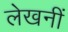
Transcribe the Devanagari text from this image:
लेखनीं